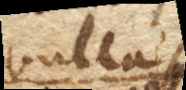
bullas